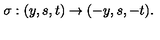
\sigma : ( y , s , t ) \rightarrow ( - y , s , - t ) .